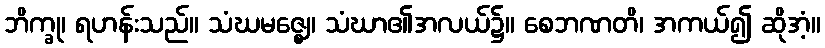
ဘိက္ခု၊ ရဟန်းသည်။ သံဃမဇ္ဈေ၊ သံဃာ၏အလယ်၌။ စေဘဏတိ၊ အကယ်၍ ဆိုအံ့။